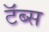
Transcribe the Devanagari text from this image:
टॅब्स